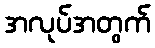
အလုပ်အတွက်